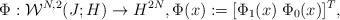
LaTeX: \begin{align*} \Phi:{\mathcal W}^{N,2}(J;H)\rightarrow H^{2N}, \Phi(x):=[\Phi_1(x) \; \Phi_0(x)]^T, \end{align*}